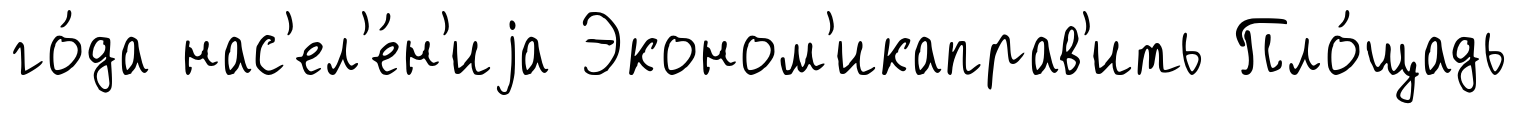
го́да нас'ел'е́н'иjа Эконом'икаправ'ить Пло́щадь